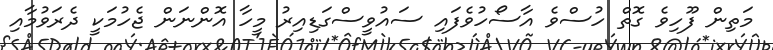
މަތިން ފޫހިވެ ގޮތް ހުސްވެ އާސޯހުވެފައި ސައުވީސްގަޑިއިރު މީހާ އޮންނަން ޖެހުމަކީ ދެރަވުމާއި